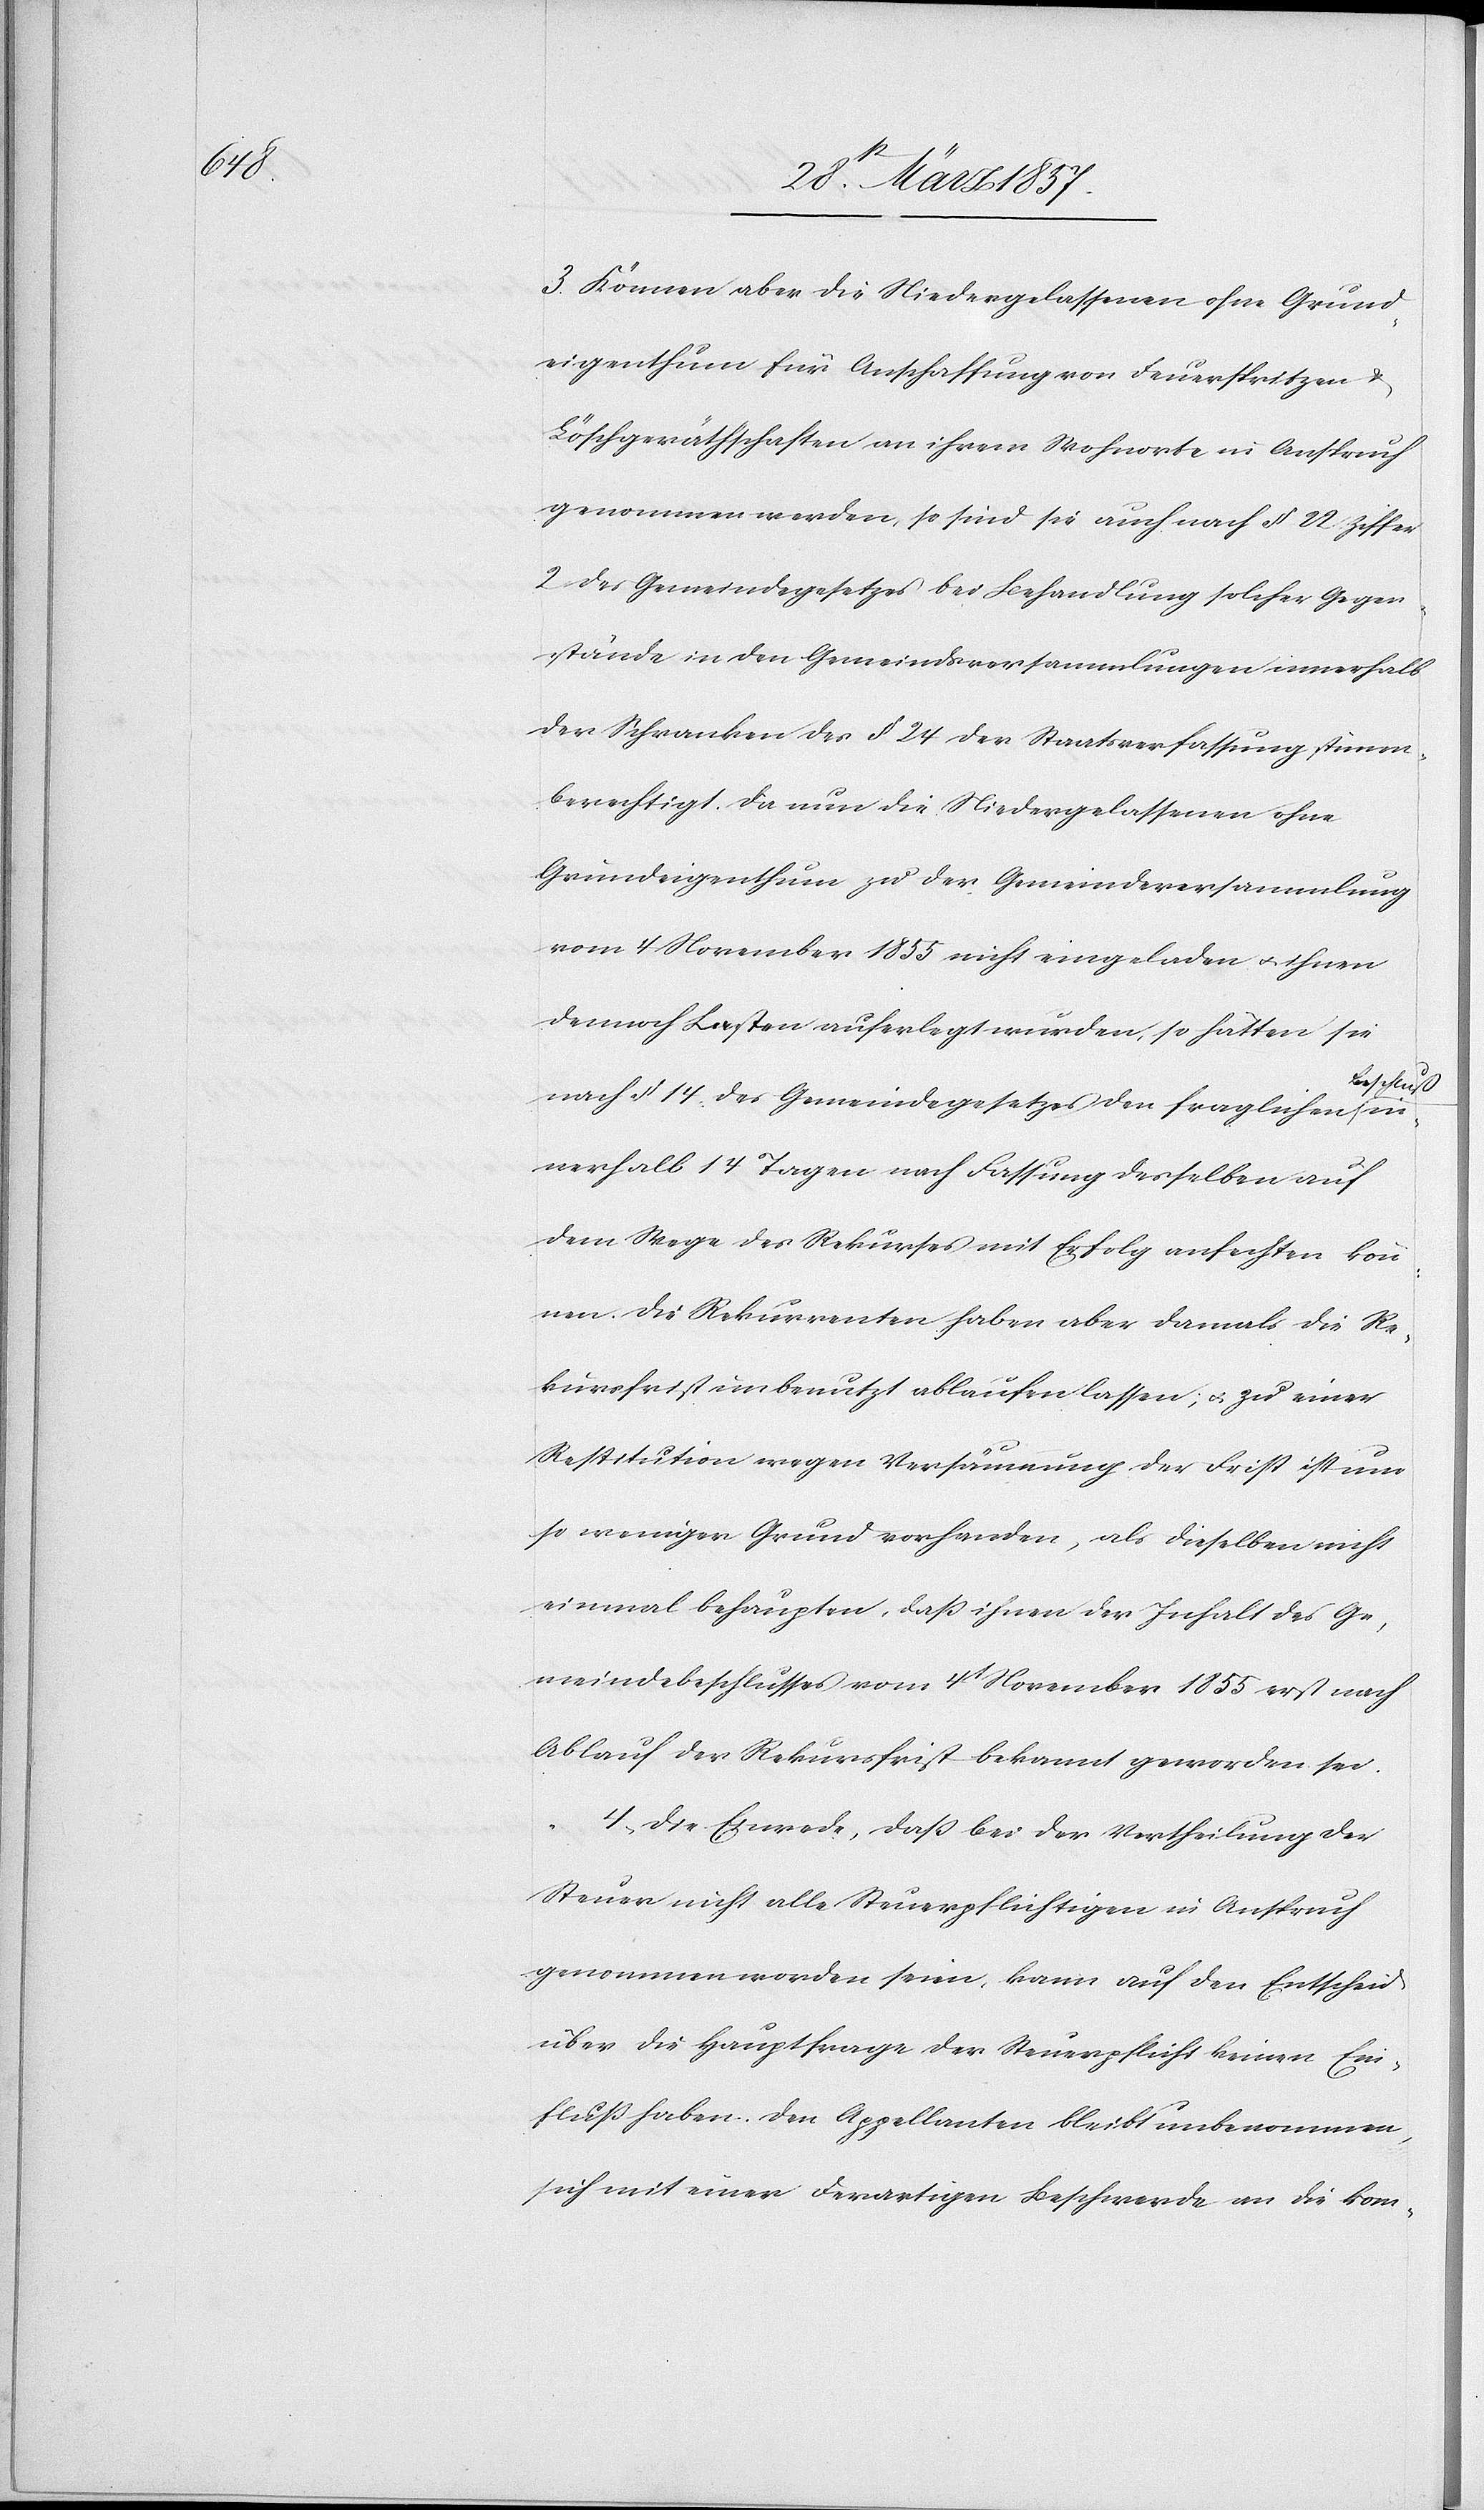
3. Können aber die Niedergelassenen ohne Grund¬
eigenthum für Anschaffung von Feuerspritzen
Löschgeräthschaften an ihrem Wohnorte in Anspruch
genommen werden, so sind sie auch nach § 22 Ziffer
2 des Gemeindsgesetzes bei Behandlung solcher Gegen¬
stände in den Gemeindsversammlungen innerhalb
der Schranken des § 24 der Staatsverfassung stimmm¬
berechtigt. Da nun die Niedergelassenen ohne
Grundeigenthum zu der Gemeindeversammlung
vom 4 November 1855 nicht eingeladen u. ihnen
dennoch Lasten auferlegt wurden, so hätten sie
eschluß
nach § 14 des Gemeindegesetzes den fraglichen B¬
nerhalb 14 Tagen nach Fassung desselben auf
dem Wege des Rekurses mit Erfolg anfechten kön¬
nen. Die Rekurrenten haben aber damals die Re¬
kursfrist unbenutzt ablaufen lassen; u. zu einer
Restitution wegen Versäumung der Frist ist um
so weniger Grund vorhanden, als dieselben nicht
einmal behaupten, daß ihnen der Inhalt des Ge¬
meindebeschlusses vom 4t November 1855 erst nach
Ablauf der Rekursfrist bekannt geworden sei.
in¬
4. Die Einrede, daß bei der Vertheilung der
Steuer nicht alle Steuerpflichtigen in Anspruch
genommen worden seien, kann auf den Entscheid
über die Hauptfrage der Steuerpflicht keinen Ein¬
fluß haben. Den Appellanten bleibt unbenommen,
sich mit einer derartigen Beschwerde an die kom-